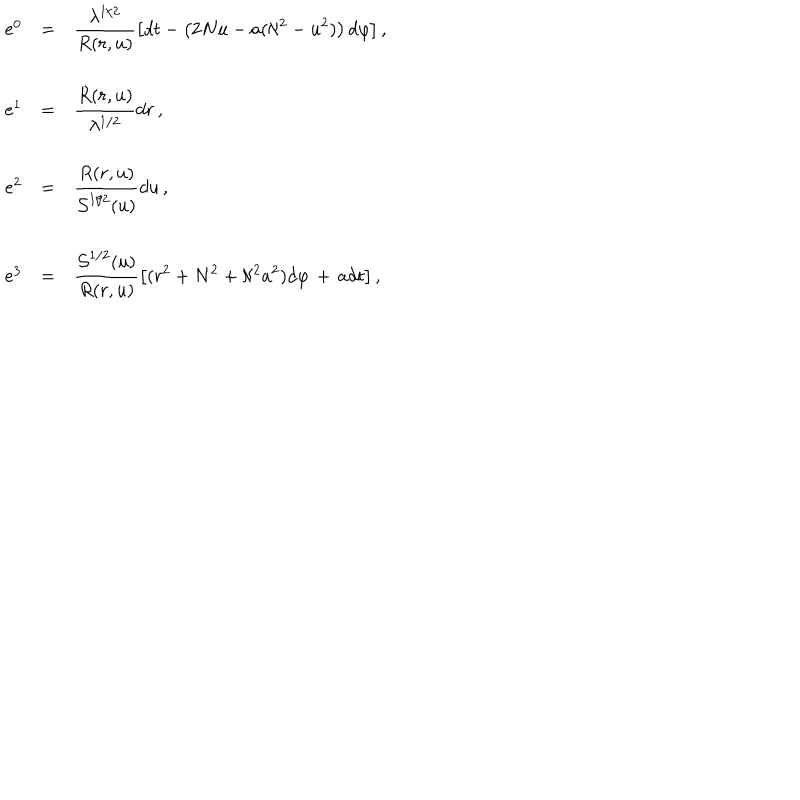
\begin{array} { r c l } { { e ^ { 0 } } } & { { = } } & { { { \displaystyle \frac { \lambda ^ { 1 / 2 } } { R ( r , u ) } \left[ d t - \left( 2 N u - a ( \aleph ^ { 2 } - u ^ { 2 } ) \right) d \varphi \right] } \, , } } \\ { { } } & { { } } & { { } } \\ { { e ^ { 1 } } } & { { = } } & { { { \displaystyle \frac { R ( r , u ) } { \lambda ^ { 1 / 2 } } d r } \, , } } \\ { { } } & { { } } & { { } } \\ { { e ^ { 2 } } } & { { = } } & { { { \displaystyle \frac { R ( r , u ) } { { \cal S } ^ { 1 / 2 } ( u ) } d u } \, , } } \\ { { } } & { { } } & { { } } \\ { { e ^ { 3 } } } & { { = } } & { { { \displaystyle \frac { { \cal S } ^ { 1 / 2 } ( u ) } { R ( r , u ) } \left[ ( r ^ { 2 } + N ^ { 2 } + \aleph ^ { 2 } a ^ { 2 } ) d \varphi \, + \, a d t \right] } \, , } } \\ \end{array}